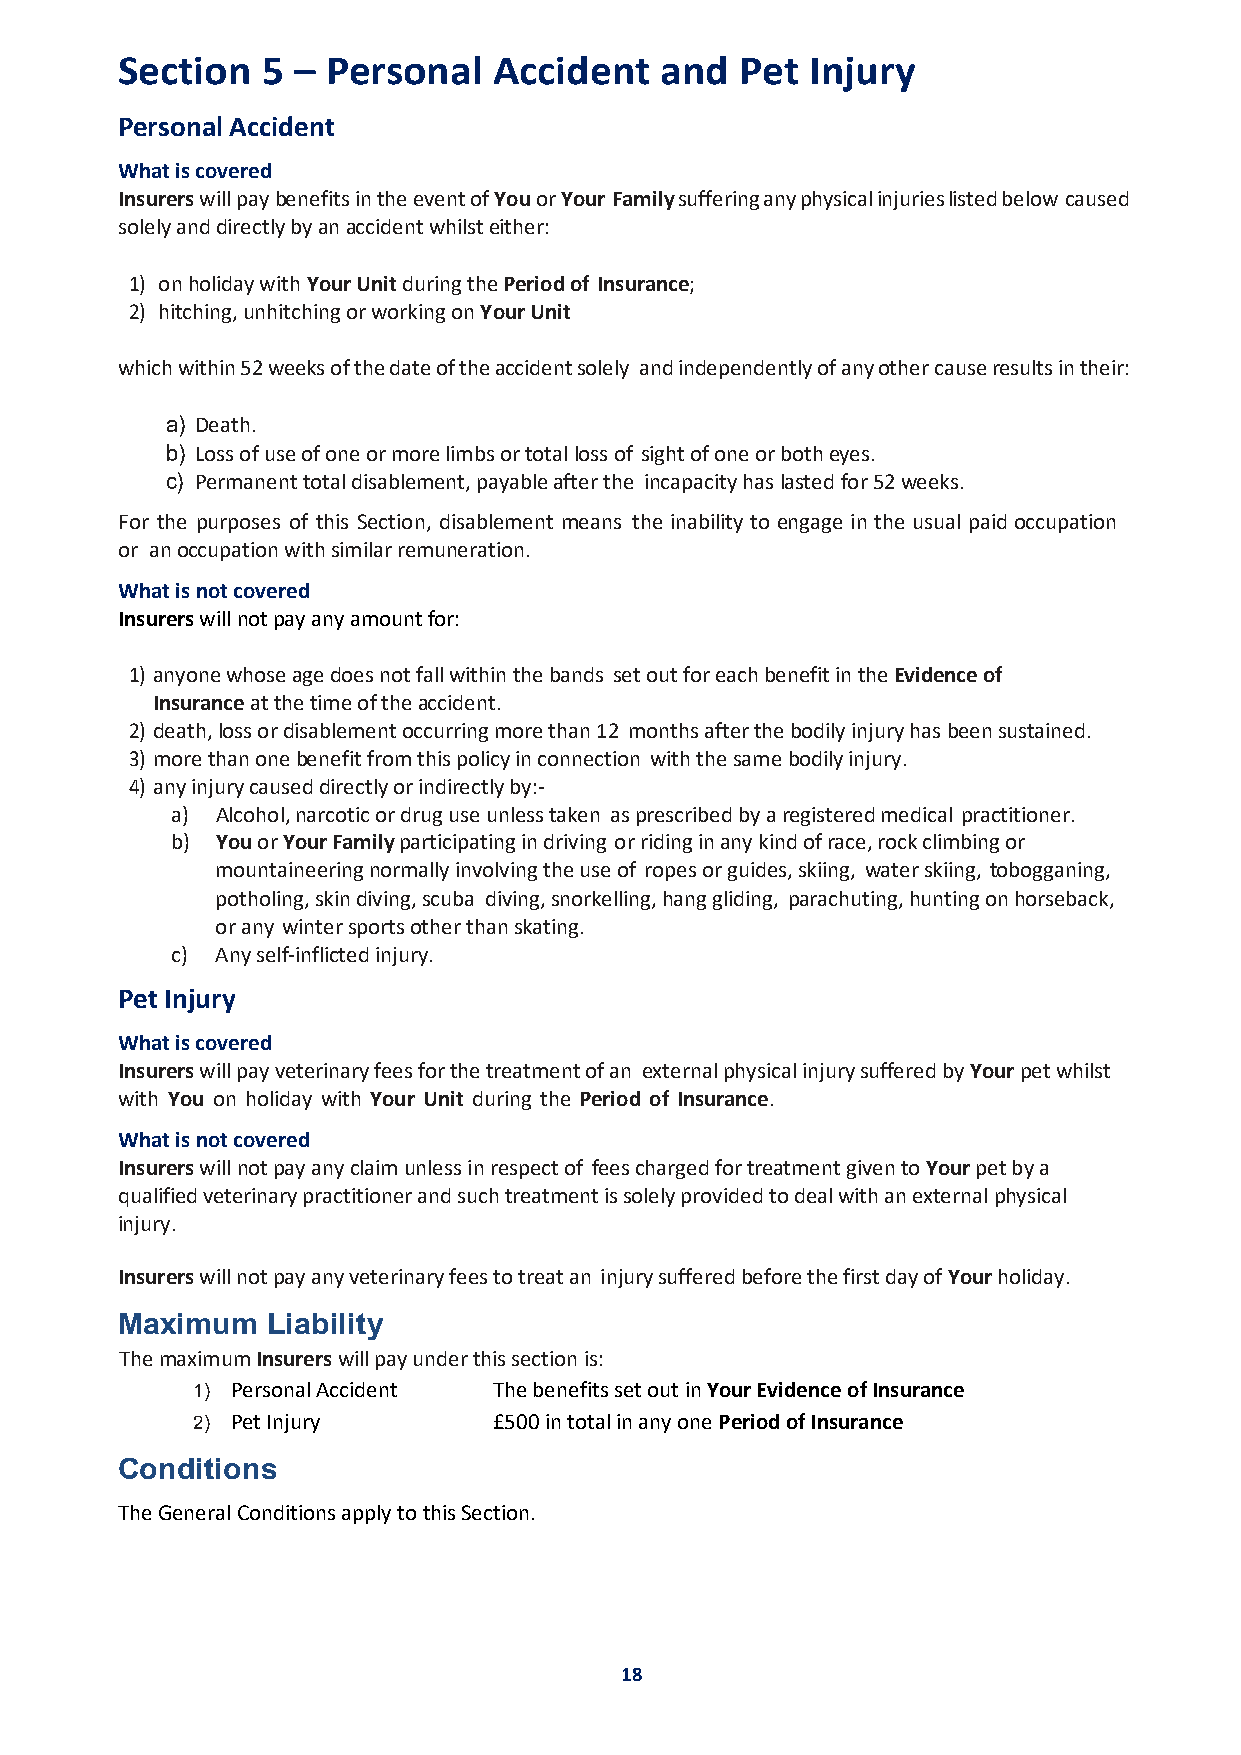
Section  5 –  Personal   Accident   and  Pet  Injury
 Personal Accident
 What is covered
 Insurers will pay benefits in the event of You or Your Family suffering any physical injuries listed below caused
 solely and directly by an accident whilst either:
 1) on holiday with Your Unit during the Period of Insurance;
 2) hitching, unhitching or working on Your Unit
 which within 52 weeks of the date of the accident solely and independently of any other cause results in their:
 a) Death.
 b) Loss of use of one or more limbs or total loss of sight of one or both eyes.
 c) Permanent total disablement, payable after the incapacity has lasted for 52 weeks.
 For the purposes of this Section, disablement means the inability to engage in the usual paid occupation
 or an occupation with similar remuneration.
 What is not covered
 Insurers will not pay any amount for:
 1) anyone whose age does not fall within the bands set out for each benefit in the Evidence of
 Insurance at the time of the accident.
 2) death, loss or disablement occurring more than 12 months after the bodily injury has been sustained.
 3) more than one benefit from this policy in connection with the same bodily injury.
 4) any injury caused directly or indirectly by:-
 a) Alcohol, narcotic or drug use unless taken as prescribed by a registered medical practitioner.
 b) You or Your Family participating in driving or riding in any kind of race, rock climbing or
 mountaineering normally involving the use of ropes or guides, skiing, water skiing, tobogganing,
 potholing, skin diving, scuba diving, snorkelling, hang gliding, parachuting, hunting on horseback,
 or any winter sports other than skating.
 c) Any self-inflicted injury.
 Pet Injury
 What is covered
 Insurers will pay veterinary fees for the treatment of an external physical injury suffered by Your pet whilst
 with You on holiday with Your Unit during the Period of Insurance.
 What is not covered
 Insurers will not pay any claim unless in respect of fees charged for treatment given to Your pet by a
 qualified veterinary practitioner and such treatment is solely provided to deal with an external physical
 injury.
 Insurers will not pay any veterinary fees to treat an injury suffered before the first day of Your holiday.
 Maximum   Liability
 The maximum Insurers will pay under this section is:
 1) Personal Accident The benefits set out in Your Evidence of Insurance
 2) Pet Injury       £500 in total in any one Period of Insurance
 Conditions
 The General Conditions apply to this Section.
 18